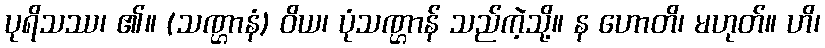
ပုရိသဿ၊ ၏။ (သဏ္ဌာနံ) ဝိယ၊ ပုံသဏ္ဌာန် သည်ကဲ့သို့။ န ဟောတိ၊ မဟုတ်။ ဟိ၊